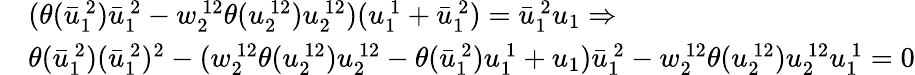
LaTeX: \begin{array}{rl}&{(\theta(\bar{u}_{1\ }^{\ 2})\bar{u}_{1\ }^{\ 2}-w_{2\ }^{\ 12}\theta(u_{2\ }^{\ 12})u_{2\ }^{\ 12})(u_{1\ }^{\ 1}+\bar{u}_{1\ }^{\ 2})=\bar{u}_{1\ }^{\ 2}u_{1}\Rightarrow}\\ &{\theta(\bar{u}_{1\ }^{\ 2})(\bar{u}_{1\ }^{\ 2})^{2}-(w_{2\ }^{\ 12}\theta(u_{2\ }^{\ 12})u_{2\ }^{\ 12}-\theta(\bar{u}_{1\ }^{\ 2})u_{1\ }^{\ 1}+u_{1})\bar{u}_{1\ }^{\ 2}-w_{2\ }^{\ 12}\theta(u_{2\ }^{\ 12})u_{2\ }^{\ 12}u_{1\ }^{\ 1}=0}\end{array}